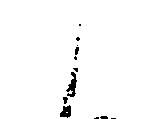
と